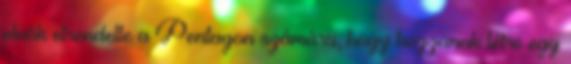
elnök elrendelte a Pentagon számára, hogy hozzanak létre egy